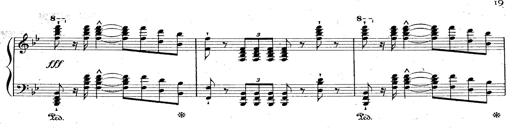
Title: La Marseillaise
Composer: Franz Liszt
Key: B-flat major